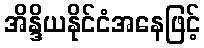
အိန္ဒိယနိုင်ငံအနေဖြင့်